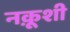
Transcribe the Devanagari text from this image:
नक़ूशी